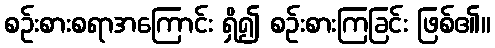
စဉ်းစားစရာအကြောင်း ရှိ၍ စဉ်းစားကြခြင်း ဖြစ်၏။